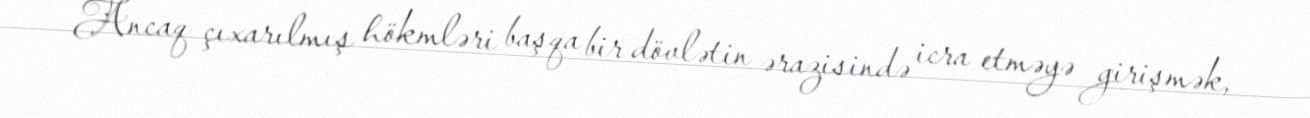
Ancaq çıxarılmış hökmləri başqa bir dövlətin ərazisində icra etməyə girişmək,